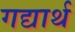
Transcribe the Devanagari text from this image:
गद्यार्थ